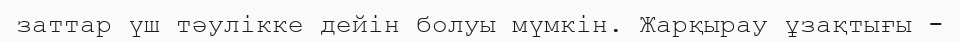
заттар үш тәулікке дейін болуы мүмкін. Жарқырау ұзақтығы -